Civil Veterinary Department Bengal reports 1923-33 - 1923-1933
Year: 1923
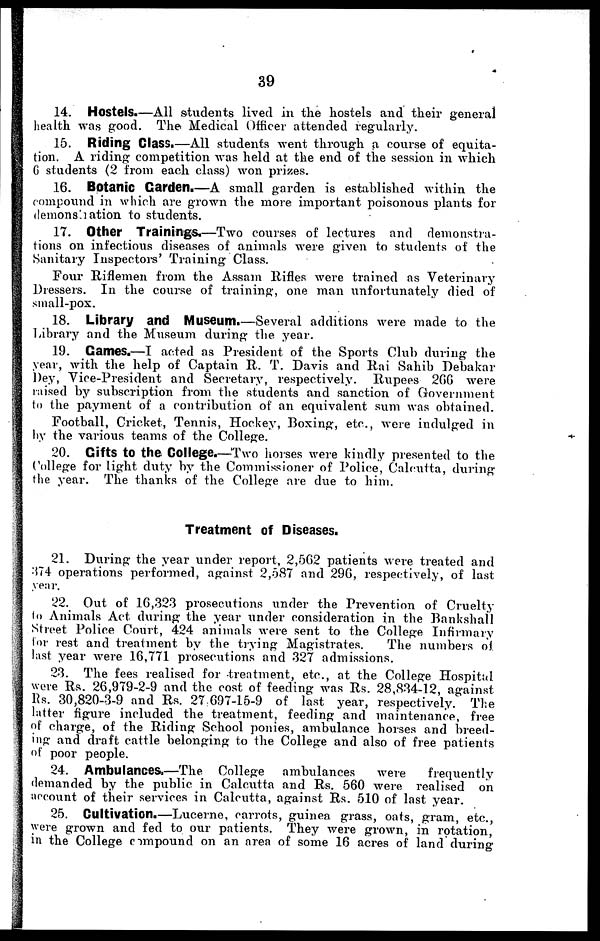
39
14. Hostels.—All students lived in the hostels and their general
health was good. The Medical Officer attended regularly.
15. Riding Class.—All students went through a course of equita-
tion. A riding competition was held at the end of the session in which
6 students (2 from each class) won prizes.
16. Botanic Garden.—A small garden is established within the
compound in which are grown the more important poisonous plants for
demons ation to students.
17. Other Trainings.—Two courses of lectures and demonstra-
tions on infectious diseases of animals were given to students of the
Sanitary Inspectors' Training Class.
Four Riflemen from the Assam Rifles were trained as Veterinary
Dressers. In the course of training, one man unfortunately died of
small-pox.
18. Library and Museum.—Several additions were made to the
Library and the Museum during the year.
19. Games.—I acted as President of the Sports Club during the
year, with the help of Captain R. T. Davis and Rai Sahib Debakar
Dey, Vice-President and Secretary, respectively. Rupees 266 were
raised by subscription from the students and sanction of Government
to the payment of a contribution of an equivalent sum was obtained.
Football, Cricket, Tennis, Hockey, Boxing, etc., were indulged in
by the various teams of the College.
20. Gifts to the College.—Two horses were kindly presented to the
College for light duty by the Commissioner of Police, Calcutta, during
the year. The thanks of the College are due to him.
Treatment of Diseases.
21. During the year under report, 2,562 patients were treated and
374 operations performed, against 2,587 and 296, respectively, of last
year.
22. Out of 16,323 prosecutions under the Prevention of Cruelty
to Animals Act during the year under consideration in the Bankshall
Street Police Court, 424 animals were sent to the College Infirmary
tor rest and treatment by the trying Magistrates.
The numbers of.
last year were 16,771 prosecutions and 327 admissions.
23. The fees realised for treatment, etc., at the College Hospital
were Rs. 26,979-2-9 and the cost of feeding was Rs. 28,834-12, against
Rs. 30,820-3-9 and Rs. 27 697-15-9 of last year, respectively. The
latter figure included the treatment, feeding and maintenance, free
of charge, of the Riding School ponies, ambulance horses and breed-
ing and draft cattle belonging to the College and also of free patients
of poor people.
24. Ambulances,—The College ambulances
were
frequently
demanded by the public in Calcutta and Rs. 560 were realised on
account of their services in Calcutta, against Rs. 510 of last year.
25. Cultivation.—Lucerne, carrots, guinea grass, oats, gram, etc.,
were grown and fed to our patients. They were grown, in rotation,
in the College compound on an area of some 16 acres of land during